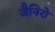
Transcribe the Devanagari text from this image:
जैनिरो